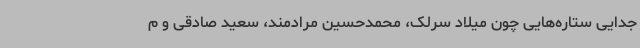
جدایی ستاره‌هایی چون میلاد سرلک، محمدحسین مرادمند، سعید صادقی و م